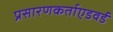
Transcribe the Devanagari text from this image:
प्रसारणकर्ताएडवर्ड